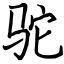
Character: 驼